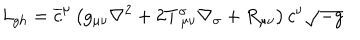
{ \it L } _ { g h } = \overline { { { c } } } ^ { \mu } \left( g _ { \mu \nu } \nabla ^ { 2 } + 2 T _ { ~ \mu \nu } ^ { \sigma } \nabla _ { \sigma } + R _ { \mu \nu } \right) c ^ { \nu } \sqrt { - g }